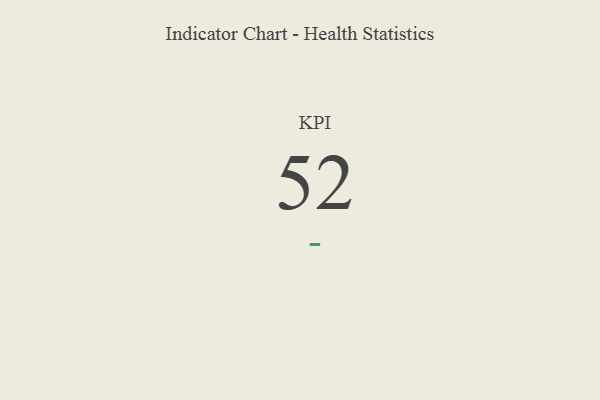
{"axis": {"x": "KPI", "y": "Value"}, "legend": [""], "data": [{"x": "KPI", "y": 52, "type": ""}]}